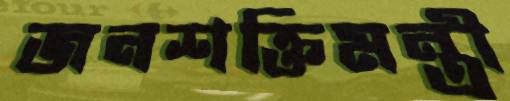
জনশক্তিমন্ত্রী